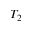
T _ { 2 }